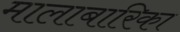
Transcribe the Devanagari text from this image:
मालाबारिका